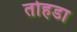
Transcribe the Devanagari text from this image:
तोहडा